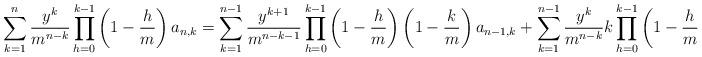
LaTeX: \begin{align*}\sum_{k=1}^{n}\frac{y^k}{m^{n-k}}\prod_{h=0}^{k-1}\left(1-\frac{h}{m}\right)a_{n,k}=\sum_{k=1}^{n-1}\frac{y^{k+1}}{m^{n-k-1}}\prod_{h=0}^{k-1}\left(1-\frac{h}{m}\right)\left(1-\frac{k}{m}\right)a_{n-1,k}+\sum_{k=1}^{n-1}\frac{y^{k}}{m^{n-k}}k\prod_{h=0}^{k-1}\left(1-\frac{h}{m}\right)a_{n-1,k}\end{align*}